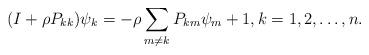
LaTeX: \begin{align*}(I+\rho P_{kk})\psi_k = -\rho \sum_{m \neq k} P_{km} \psi_m+1,k =1,2,\ldots, n. \end{align*}